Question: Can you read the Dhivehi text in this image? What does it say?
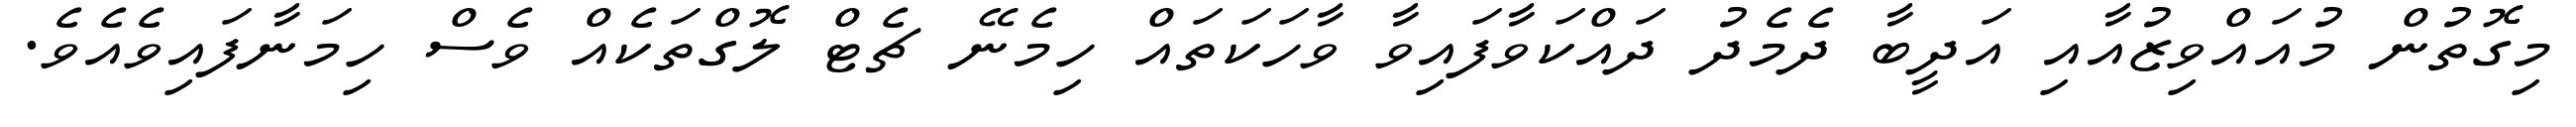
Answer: މިގޮތުން މުއައްވިޒުއާއި އަދީބާ ދެމެދު ދައްކަވާފައިވާ ވާހަކަތައް ހިމެނޭ ޗެޓް ލޮގްތަކެއް ވެސް ހިމަނާފައިވެއެވެ.